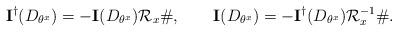
LaTeX: \begin{align*}\mathbf{I}^\dagger(D_{\theta^x}) =-\mathbf{I}(D_{\theta^x})\mathcal{R}_x \# , \qquad \mathbf{I}(D_{\theta^x}) = -\mathbf{I}^\dagger(D_{\theta^x})\mathcal{R}_x^{-1} \# .\end{align*}